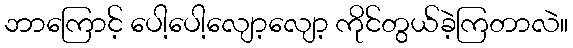
ဘာကြောင့် ပေါ့ပေါ့လျော့လျော့ ကိုင်တွယ်ခဲ့ကြတာလဲ။